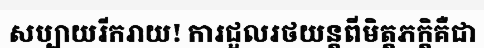
សប្បាយរីករាយ! ការជួលរថយន្តពីមិត្តភក្តិគឺជា